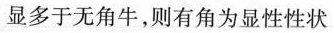
显多于无角牛，则有角为显性性状